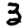
Digit: 3